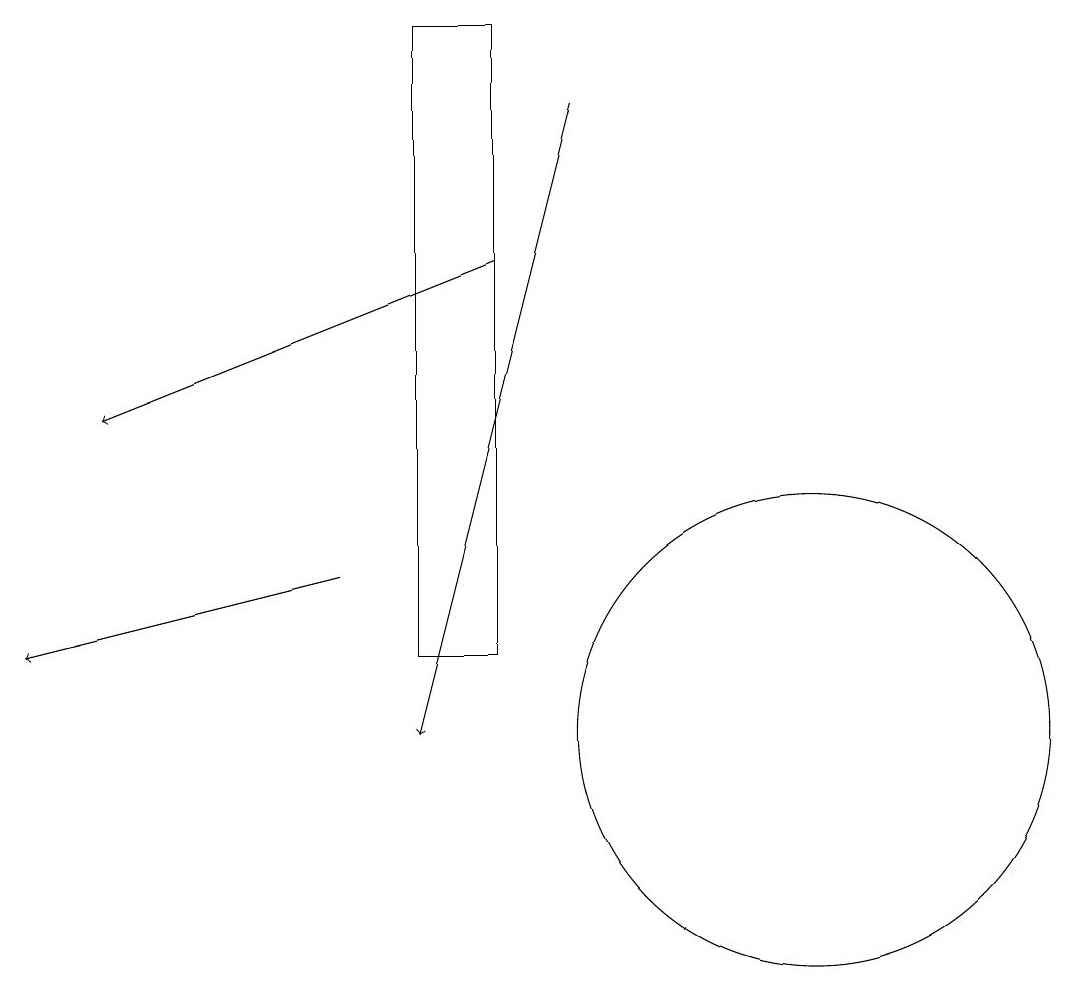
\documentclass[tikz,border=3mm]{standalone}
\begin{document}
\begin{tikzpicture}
\draw[->] (4,12) -- (0,11);
\draw (5,19) rectangle (6,11);
\draw[->] (7,18) -- (5,10);
\draw[->] (6,16) -- (1,14);
\draw (10,10) circle (3);
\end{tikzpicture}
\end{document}